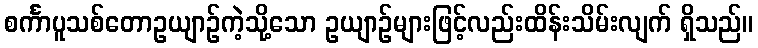
စင်္ကာပူသစ်တောဥယျာဉ်ကဲ့သို့သော ဥယျာဉ်များဖြင့်လည်းထိန်းသိမ်းလျက် ရှိသည်။